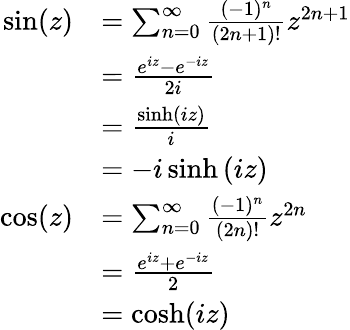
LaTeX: {\begin{array}{rl}{\sin(z)}&{=\sum_{n=0}^{\infty}{\frac{(-1)^{n}}{(2n+1)!}}z^{2n+1}}\\ &{={\frac{e^{iz}-e^{-iz}}{2i}}}\\ &{={\frac{\sinh\left(iz\right)}{i}}}\\ &{=-i\sinh\left(iz\right)}\\ {\cos(z)}&{=\sum_{n=0}^{\infty}{\frac{(-1)^{n}}{(2n)!}}z^{2n}}\\ &{={\frac{e^{iz}+e^{-iz}}{2}}}\\ &{=\cosh(iz)}\end{array}}